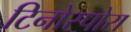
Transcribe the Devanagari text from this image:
टिनोस्पोरा